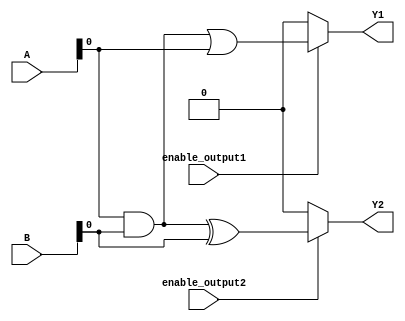
module combinational_logic (
    input wire [3:0] A,       // 4-bit input signal A
    input wire [3:0] B,       // 4-bit input signal B
    input wire enable_output1, // Enable signal for output1
    input wire enable_output2, // Enable signal for output2
    output wire Y1,           // Output 1
    output wire Y2            // Output 2
);

// Shared Logic Block
wire common_logic; // Intermediate signal for shared logic

// Example of common logic: AND operation between A and B
assign common_logic = A & B; // Shared logic

// Output Logic Block for Y1
assign Y1 = enable_output1 ? (common_logic | A) : 1'b0; // Y1 combines common logic with A

// Output Logic Block for Y2
assign Y2 = enable_output2 ? (common_logic ^ B) : 1'b0; // Y2 combines common logic with B

endmodule